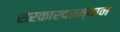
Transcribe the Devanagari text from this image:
सरकारदरम्यान